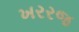
ખરરજ